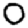
Digit: 0